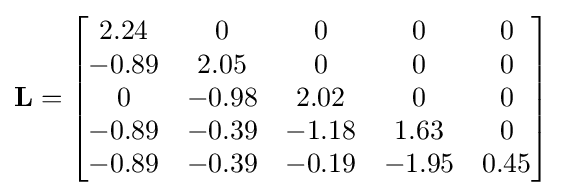
\mathbf {L} ={\begin{bmatrix}2.24&0&0&0&0\\-0.89&2.05&0&0&0\\0&-0.98&2.02&0&0\\-0.89&-0.39&-1.18&1.63&0\\-0.89&-0.39&-0.19&-1.95&0.45\\\end{bmatrix}}